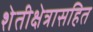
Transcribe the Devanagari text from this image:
शेतीक्षेत्रासहित